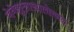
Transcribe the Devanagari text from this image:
व्हेनेझुएलाखालोखाल